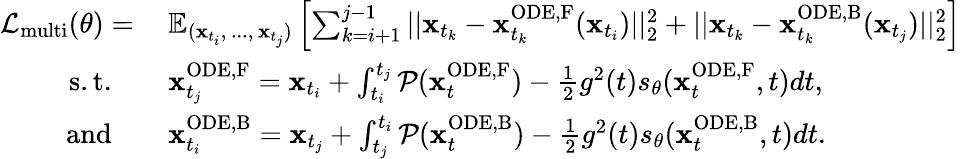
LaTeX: \begin{array}{rl}{\mathcal{L}_{\mathrm{multi}}(\theta)=\: }&{\mathbb{E}_{(\mathbf{x}_{t_{i}},\, ...,\, \mathbf{x}_{t_{j}})}\left[\sum_{k=i+1}^{j-1}||\mathbf{x}_{t_{k}}-\mathbf{x}_{t_{k}}^{\mathrm{ODE,F}}(\mathbf{x}_{t_{i}})||_{2}^{2}+||\mathbf{x}_{t_{k}}-\mathbf{x}_{t_{k}}^{\mathrm{ODE,B}}(\mathbf{x}_{t_{j}})||_{2}^{2}\right]}\\ {\mathrm{s.t.}\quad}&{\mathbf{x}_{t_{j}}^{\mathrm{ODE,F}}=\mathbf{x}_{t_{i}}+\int_{t_{i}}^{t_{j}}\mathcal{P}(\mathbf{x}_{t}^{\mathrm{ODE,F}})-\frac{1}{2}g^{2}(t)s_{\theta}(\mathbf{x}_{t}^{\mathrm{ODE,F}},t)dt,}\\ {\mathrm{and}\quad}&{\mathbf{x}_{t_{i}}^{\mathrm{ODE,B}}=\mathbf{x}_{t_{j}}+\int_{t_{j}}^{t_{i}}\mathcal{P}(\mathbf{x}_{t}^{\mathrm{ODE,B}})-\frac{1}{2}g^{2}(t)s_{\theta}(\mathbf{x}_{t}^{\mathrm{ODE,B}},t)dt.}\end{array}